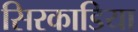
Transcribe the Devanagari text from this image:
सिरकाडिया